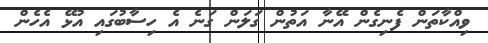
ވިއްކާތަން ފެނިގެން އޭނާ އަތުން ގަލަން ގަނެ އެ ހިސާބުގައި އުޅޭ އެހެން